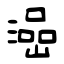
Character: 澏